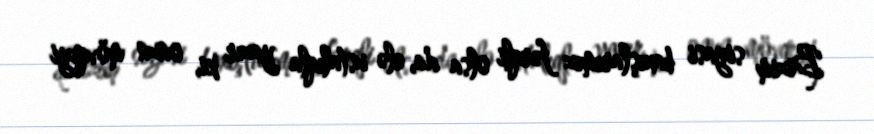
Bizim siyasi baxışlarımız fərqli olsa da, elə ustalıqla yazır ki, onun mövqeyi